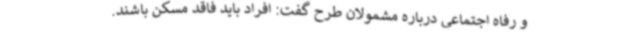
و رفاه اجتماعی درباره مشمولان طرح گفت: افراد باید فاقد مسکن باشند.